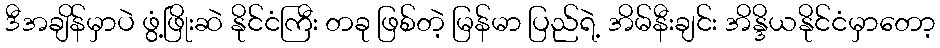
ဒီအချိန်မှာပဲ ဖွံ့ဖြိုးဆဲ နိုင်ငံကြီး တခု ဖြစ်တဲ့ မြန်မာ ပြည်ရဲ့ အိမ်နီးချင်း အိန္ဒိယနိုင်ငံမှာတော့